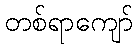
တစ်ရာကျော်